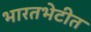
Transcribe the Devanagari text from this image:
भारतभेटीत